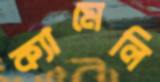
ক্যামেলি